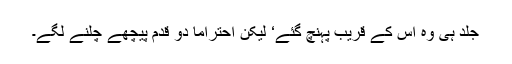
جلد ہی وہ اس کے قریب پہنچ گئے‘ لیکن احتراماً دو قدم پیچھے چلنے لگے۔